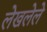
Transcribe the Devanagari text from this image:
लेखलेले